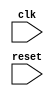
module timing_control_and_synchronization (
    input wire clk,
    input wire reset,
    // Add any other necessary input signals here
    
    // Add any necessary output signals here
);

// Implement timing control and synchronization logic here

endmodule